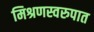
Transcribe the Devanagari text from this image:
मिश्रणस्वरुपात